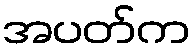
အပတ်က